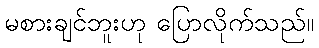
မစားချင်ဘူးဟု ပြောလိုက်သည်။